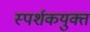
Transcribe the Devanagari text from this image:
स्पर्शकयुक्त